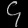
Digit: ၄